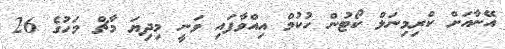
އޭނާއަށް ކްރިމިނަލް ކޯޓުން ހުކުމް އިއްވާފައި ވަނީ މިދިޔަ މާޗް މަހުގެ 26